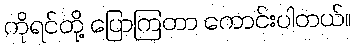
ကိုရင်တို့ ပြောကြတာ ကောင်းပါတယ်။